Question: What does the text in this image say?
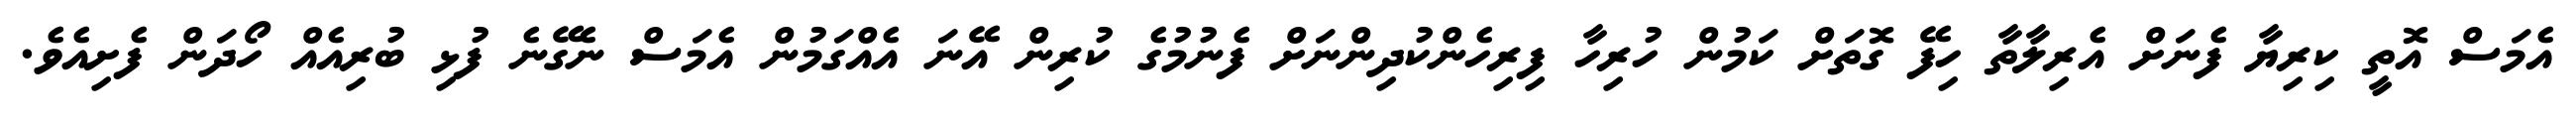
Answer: އެމަސް އޮތީ ކިރިޔާ ފެނަށް އެރިލާތާ ހިފޭ ގޮތަށް ކަމުން ހުރިހާ ފިރިހެންކުދިންނަށް ފެނުމުގެ ކުރިން އޭނަ އެއްގަމުން އެމަސް ނެގޭނެ ފުޅި ބުރިއެއް ހޯދަން ފެށިއެވެ.